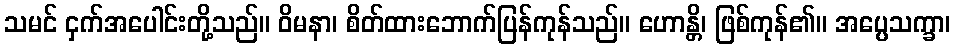
သမင် ငှက်အပေါင်းတို့သည်။ ဝိမနာ၊ စိတ်ထားဘောက်ပြန်ကုန်သည်။ ဟောန္တိ၊ ဖြစ်ကုန်၏။ အပ္ပေသက္ခာ၊